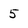
Character: 5